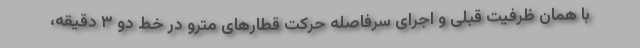
با همان ظرفیت قبلی و اجرای سرفاصله حرکت قطارهای مترو در خط دو ۳ دقیقه،